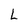
Character: L